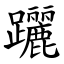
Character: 躧